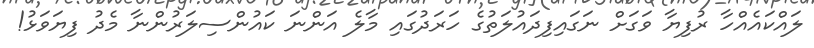
ލައްކައެއްހާ ރުފިޔާ ވަގަށް ނަގައިފިދައުލަތުގެ ހަރަދުގައި މާލެ އަންނަ ކައުންސިލަރުންނާ މެދު ފިޔަވަޅު!